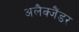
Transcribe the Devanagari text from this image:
अलैक्जैंडर